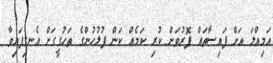
އަމިއްލަ އަށް ފައިސާތައް ފޮރުވަން ކުރި ކަމެއް ކަން ފުލުހުންގެ ތަހުގީގަށް އެނގިފައިވާ